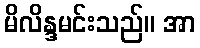
မိလိန္ဒမင်းသည်။ အာ